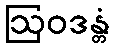
ဩဝဒန္တံ